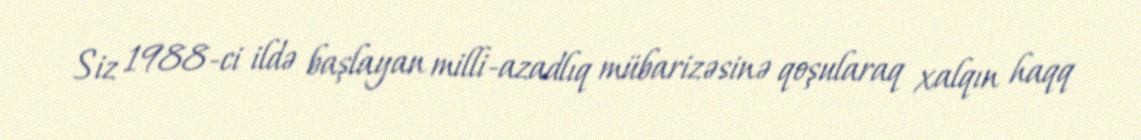
Siz 1988-ci ildə başlayan milli-azadlıq mübarizəsinə qoşularaq xalqın haqq